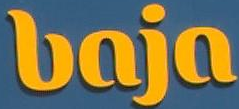
baja